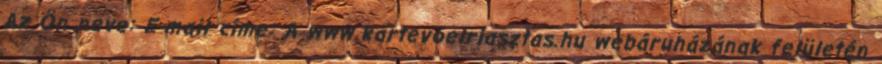
Az Ön neve: E-mail címe: A www.kartevoelriasztas.hu webáruházának felületén